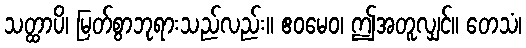
သတ္ထာပိ၊ မြတ်စွာဘုရားသည်လည်း။ ဧဝမေဝ၊ ဤအတူလျှင်။ တေသံ၊